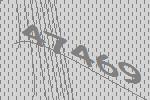
47469